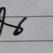
Signature authenticity: forged